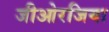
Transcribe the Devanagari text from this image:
जीओरजिया